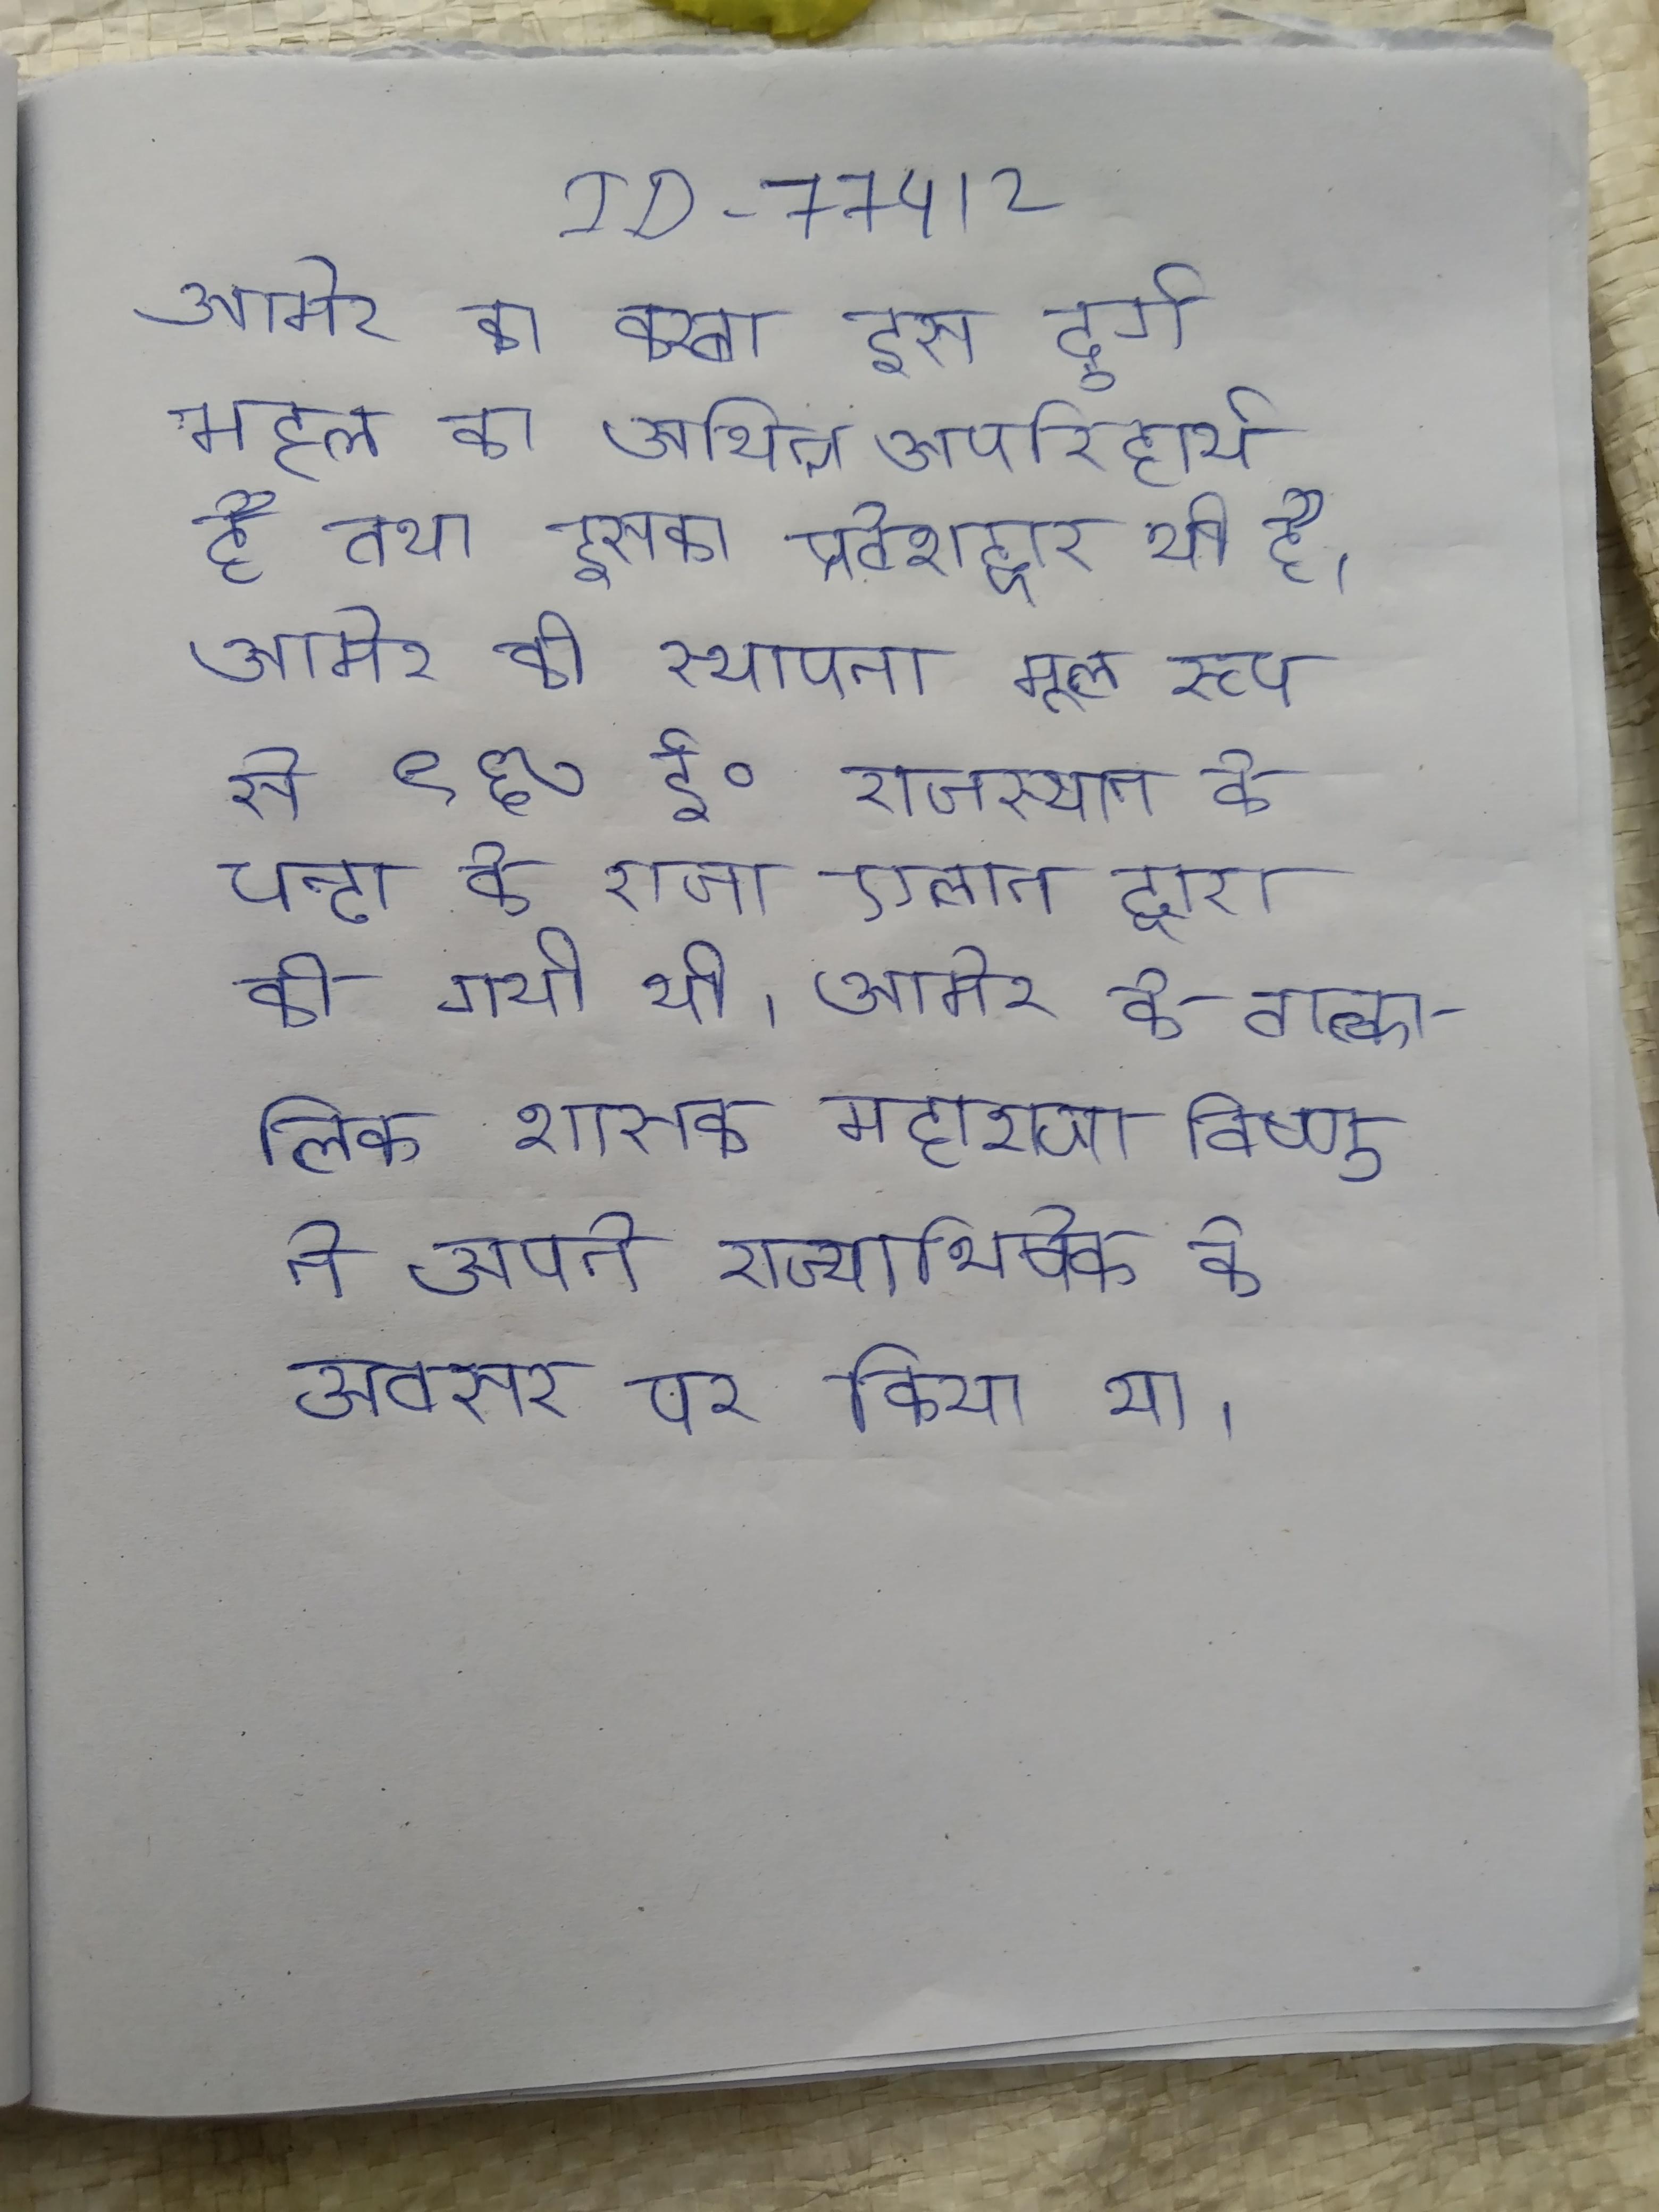
आमेर का कस्बा इस दुर्ग महल का अभिन्न अपरिहार्य है तथा इसका प्रवेशद्वार भी है । आमेर की स्थापना मूल रूप से ९६७ ई॰ राजस्थान के चन्दा के राजा एलान द्वारा की गयी थी । आमेर के तात्कालिक शासक महाराजा विष्णु ने अपने राज्याभिषेक के अवसर पर किया था ।